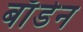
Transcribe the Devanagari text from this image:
बाॅडेन